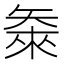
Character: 𬑴